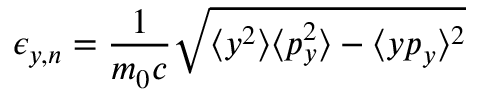
\epsilon _ { y , n } = \frac { 1 } { m _ { 0 } c } \sqrt { \langle y ^ { 2 } \rangle \langle p _ { y } ^ { 2 } \rangle - \langle y p _ { y } \rangle ^ { 2 } }